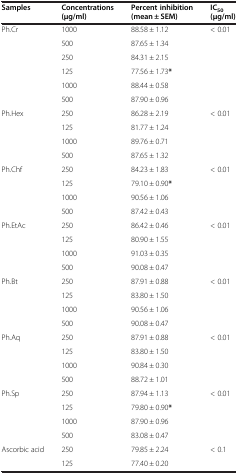
<table><thead><tr><td><b>Samples</b></td><td><b>Concentrations (μg/ml)</b></td><td><b>Percent inhibition (mean ± SEM)</b></td><td><b>IC<sub>50 </sub>(μg/ml)</b></td></tr></thead><tbody><tr><td rowspan="6">Ph.Cr</td><td>1000</td><td>88.58 ± 1.12</td><td rowspan="3">&lt; 0.01</td></tr><tr><td>500</td><td>87.65 ± 1.34</td></tr><tr><td>250</td><td>84.31 ± 2.15</td></tr><tr><td>125</td><td>77.56 ± 1.73<b>*</b></td><td rowspan="3"> </td></tr><tr><td>1000</td><td>88.44 ± 0.58</td></tr><tr><td>500</td><td>87.90 ± 0.96</td></tr><tr><td rowspan="4">Ph.Hex</td><td>250</td><td>86.28 ± 2.19</td><td rowspan="4">&lt; 0.01</td></tr><tr><td>125</td><td>81.77 ± 1.24</td></tr><tr><td>1000</td><td>89.76 ± 0.71</td></tr><tr><td>500</td><td>87.65 ± 1.32</td></tr><tr><td rowspan="4">Ph.Chf</td><td>250</td><td>84.23 ± 1.83</td><td rowspan="4">&lt; 0.01</td></tr><tr><td>125</td><td>79.10 ± 0.90<b>*</b></td></tr><tr><td>1000</td><td>90.56 ± 1.06</td></tr><tr><td>500</td><td>87.42 ± 0.43</td></tr><tr><td rowspan="4">Ph.EtAc</td><td>250</td><td>86.42 ± 0.46</td><td rowspan="4">&lt; 0.01</td></tr><tr><td>125</td><td>80.90 ± 1.55</td></tr><tr><td>1000</td><td>91.03 ± 0.35</td></tr><tr><td>500</td><td>90.08 ± 0.47</td></tr><tr><td rowspan="4">Ph.Bt</td><td>250</td><td>87.91 ± 0.88</td><td rowspan="4">&lt; 0.01</td></tr><tr><td>125</td><td>83.80 ± 1.50</td></tr><tr><td>1000</td><td>90.56 ± 1.06</td></tr><tr><td>500</td><td>90.08 ± 0.47</td></tr><tr><td rowspan="4">Ph.Aq</td><td>250</td><td>87.91 ± 0.88</td><td rowspan="4">&lt; 0.01</td></tr><tr><td>125</td><td>83.80 ± 1.50</td></tr><tr><td>1000</td><td>90.84 ± 0.30</td></tr><tr><td>500</td><td>88.72 ± 1.01</td></tr><tr><td rowspan="4">Ph.Sp</td><td>250</td><td>87.94 ± 1.13</td><td rowspan="4">&lt; 0.01</td></tr><tr><td>125</td><td>79.80 ± 0.90<b>*</b></td></tr><tr><td>1000</td><td>87.90 ± 0.96</td></tr><tr><td>500</td><td>83.08 ± 0.47</td></tr><tr><td rowspan="2">Ascorbic acid</td><td>250</td><td>79.85 ± 2.24</td><td rowspan="2">&lt; 0.1</td></tr><tr><td>125</td><td>77.40 ± 0.20</td></tr></tbody></table>